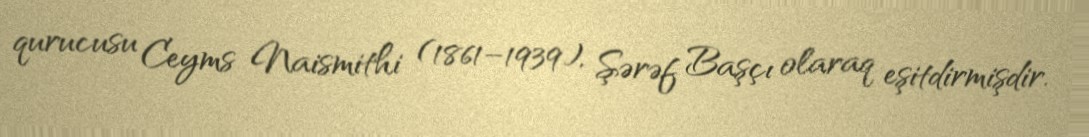
qurucusu Ceyms Naismithi (1861–1939), Şərəf Başçı olaraq eşitdirmişdir.